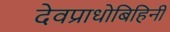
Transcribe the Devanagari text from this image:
देवप्राधोबिहिनी